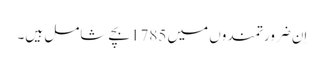
اِن ضرورتمندوں میں 1785بچے شامل ہیں۔